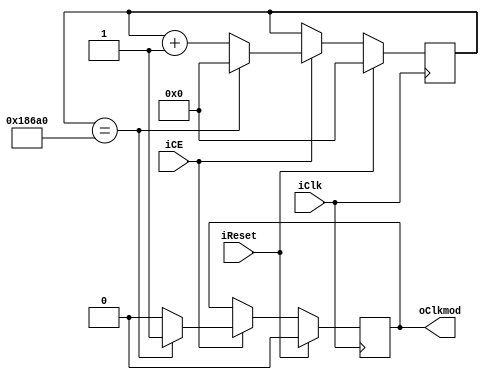
`timescale 1ns / 1ps
//////////////////////////////////////////////////////////////////////////////////
// Company: 
// Engineer: 
// 
// Design Name: 
// Module Name:    m_divisor_frecuencia_anode 
// Project Name: 
// Target Devices: 
// Tool versions: 
// Description: 
//
// Dependencies: 
//
// Revision: 
// Revision 0.01 - File Created
// Additional Comments: 
//
//////////////////////////////////////////////////////////////////////////////////
module m_divisor_frecuencia_anode #(parameter FREQ=17'd100000)(

input iCE,
input iClk,
input iReset,
output oClkmod

 );
	 
reg [23:0]rvD=0;
reg [23:0]rvQ=0;
reg rClkD=0;
reg rClkQ=0;


assign oClkmod=rClkQ; 
	 
always @*
begin
	if(rvQ==FREQ)
	begin
		rvD=0;
		rClkD=1;
	end
	else
	begin
		rvD=rvQ+1'b1;
		rClkD=0;
	end
	
end

always @(posedge iClk)
begin
	if(iReset)
	begin
		rvQ<=0;
		rClkQ<=0;
	end
	else
	begin
		if(iCE)
		begin
			rvQ<=rvD;
			rClkQ<=rClkD;
		end
		else
		begin
			rvQ<=rvQ;
			rClkQ<=rClkQ;
		end
	end
end

endmodule